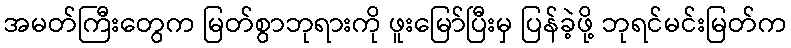
အမတ်ကြီးတွေက မြတ်စွာဘုရားကို ဖူးမြော်ပြီးမှ ပြန်ခဲ့ဖို့ ဘုရင်မင်းမြတ်က